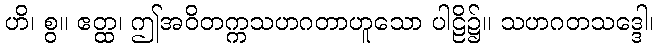
ဟိ၊ စွ။ ဧတ္ထ၊ ဤအဝိတက္ကသဟဂတာဟူသော ပါဠိ၌။ သဟဂတသဒ္ဒေါ၊